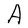
Character: A